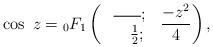
LaTeX: \begin{align*}\cos~z={}_{0}F_{1}\left(\ \begin{array}{lll}\overline{~~~~~};~\\ ~~~\frac{1}{2};~\end{array} \frac{-z^{2}}{4}\right),\end{align*}